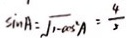
\sin A = \sqrt { 1 - \cos ^ { 2 } A } = \frac { 4 } { 3 }